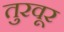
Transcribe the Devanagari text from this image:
तुरवूर